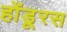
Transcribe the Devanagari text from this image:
होंडूरस